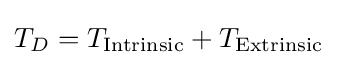
T_{D}=T_{\text{Intrinsic}}+T_{\text{Extrinsic}}